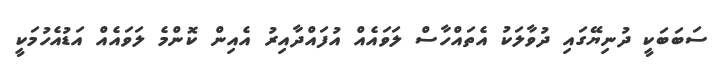
ސަބަބަކީ ދުނިޔޭގައި ދުވާލަކު އެތައްހާސް ލަވައެއް އުފައްދާއިރު އެއިން ކޮންމެ ލަވައެއް އަޑުއެހުމަކީ